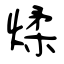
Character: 煣